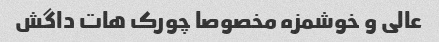
عالی و خوشمزه مخصوصا چورک هات داگش